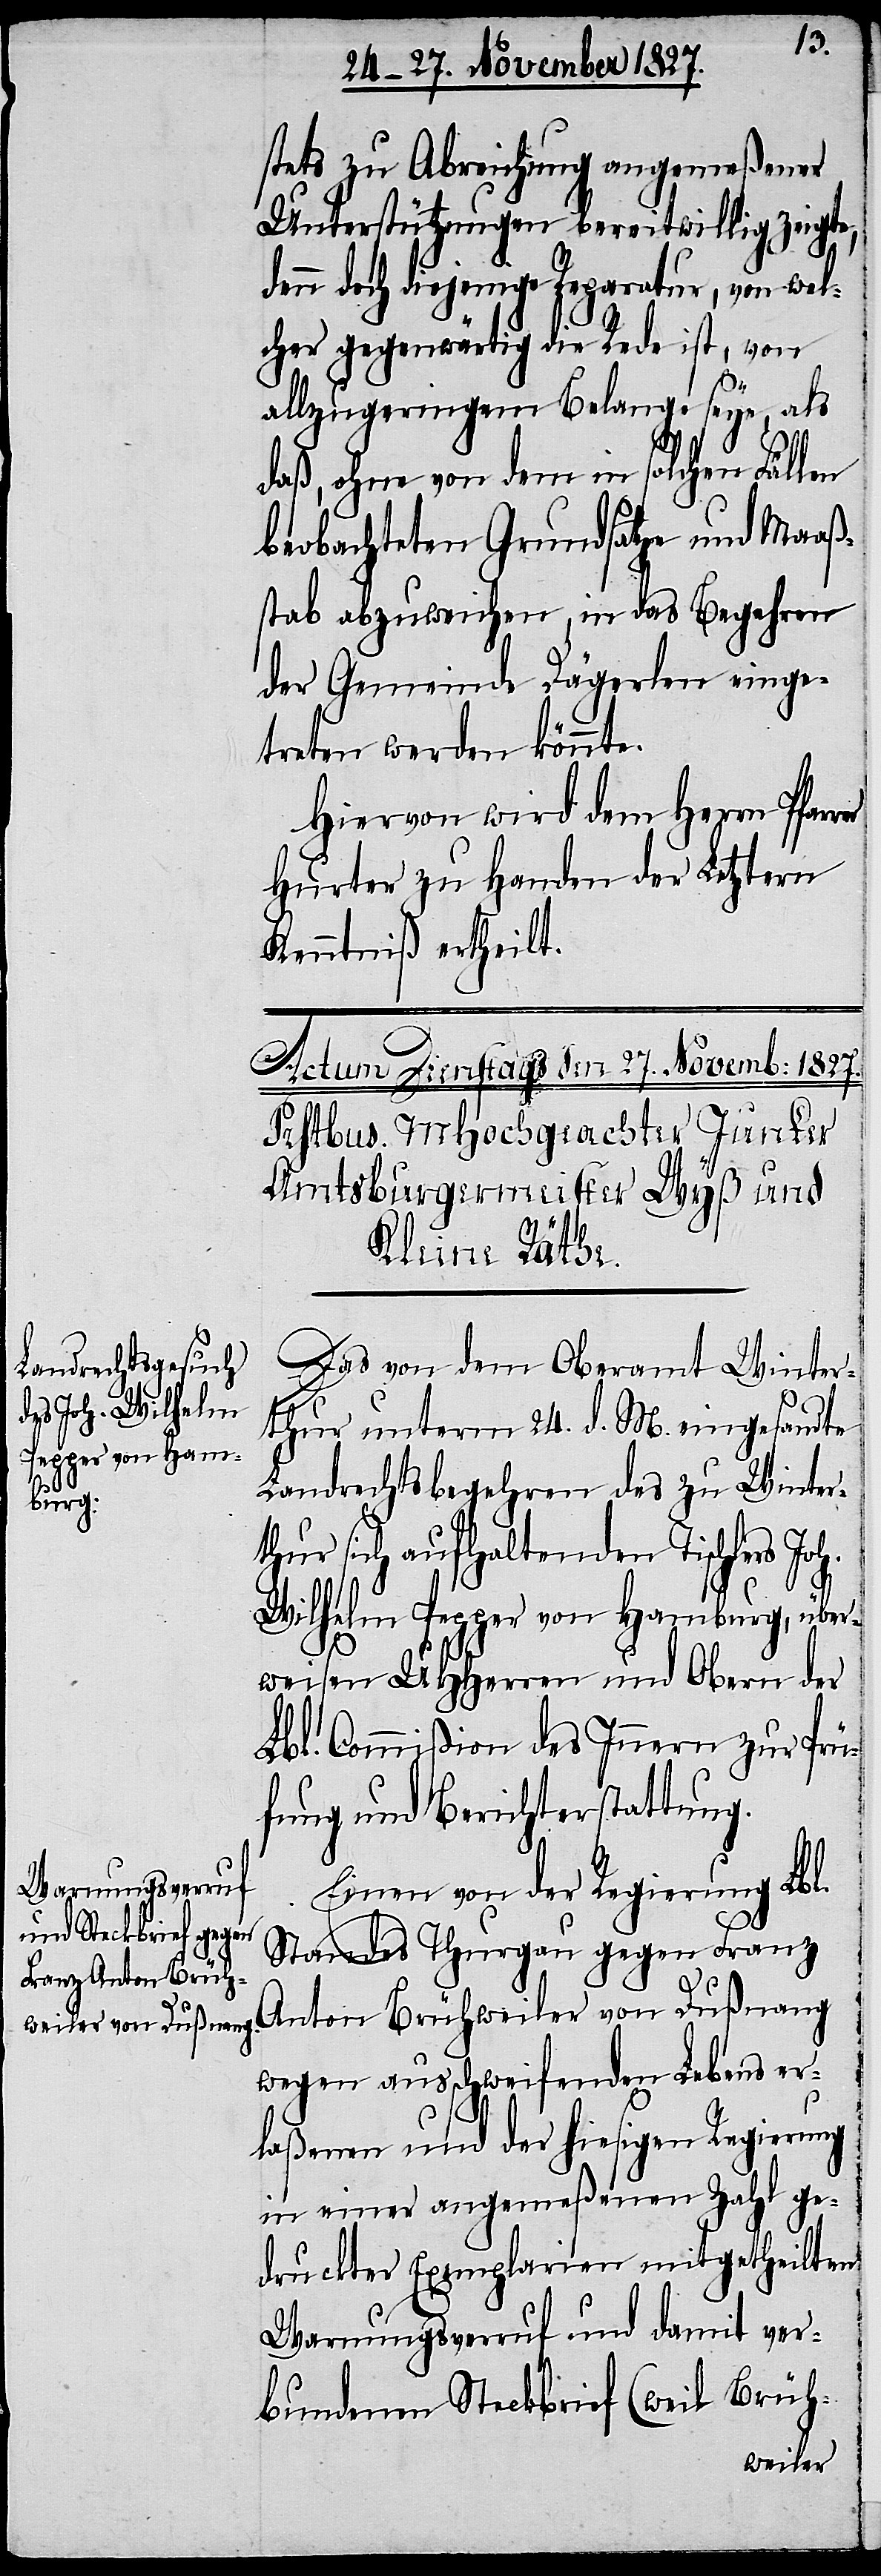
stets zu Abreichung angemeßener
Unterstützungen bereitwillig zeigte,
denn doch diejenige Reparatur, von wel¬
cher gegenwärtig die Rede ist, von
allzugeringem Belange sey, als
daß, ohne von dem in solchen Fällen
beobachteten Grundsatze und Maaß¬
stab abzuweichen, in das Begehren
der Gemeinde Dägerlen einge¬
treten werden könnte.
Hiervon wird dem Herrn Pfar¬
Hurter zu Handen der Letztern
Kenntniß ertheilt.
Das von dem Oberamt Winter¬
thur unterm 24. d. M. eingesandte
Landrechtsbegehren des zu Winter¬
thur sich aufhaltenden Tischlers Joh.
rer
Wilhelm Pepper von Hamburg, über¬
weisen UHHerren und Obern der
Lbl. Commißion des Innern zur Prü¬
fung und Berichterstattung.
Einen von der Regierung Lbl.
Standes Thurgau gegen Franz
Anton Brühweiler von Dußnang
wegen ausschweifenden Lebens er¬
laßenen und der hiesigen Regierung
in einer angemeßenen Zahl ge¬
druckter Exemplarien mitgetheilten
Warnungsverruf und damit ver¬
bundenen Steckbrief (weil Brüh-